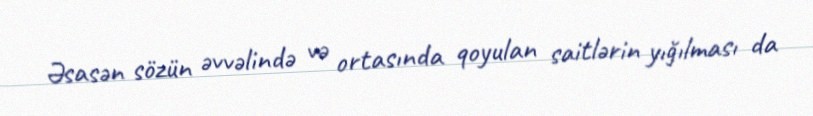
Əsasən sözün əvvəlində və ortasında qoyulan saitlərin yığılması da